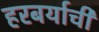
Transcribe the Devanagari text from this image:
हरबर्याची